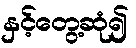
နှင့်တွေ့ဆုံ၍